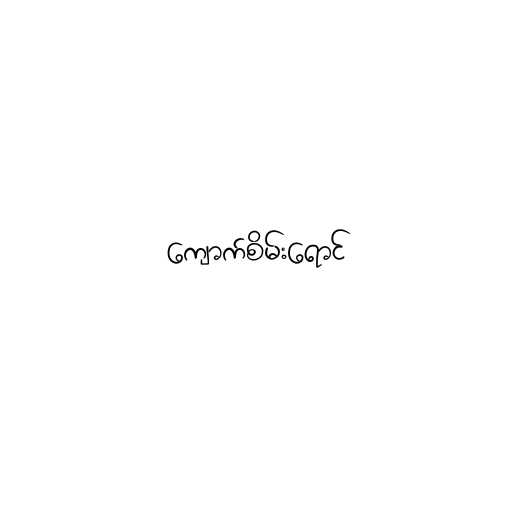
ကျောက်စိမ်းရောင်